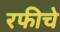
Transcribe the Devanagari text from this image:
रफीचे